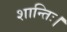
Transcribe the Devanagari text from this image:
शान्तिः।